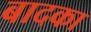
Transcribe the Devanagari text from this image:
बादका